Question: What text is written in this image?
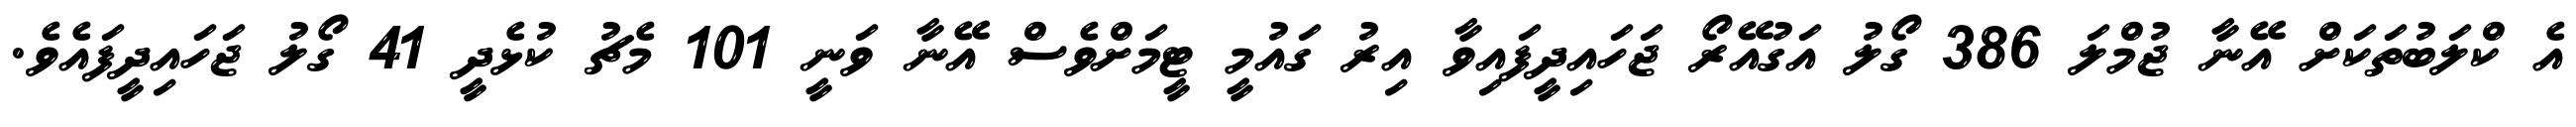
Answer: އެ ކްލަބުތަކަށް އޭނާ ޖުމްލަ 386 ގޯލު އަގުއޭރޯ ޖަހައިދީފައިވާ އިރު ގައުމީ ޓީމަށްވެސް އޭނާ ވަނީ 101 މެޗު ކުޅެދީ 41 ގޯލު ޖަހައިދީފައެވެ.